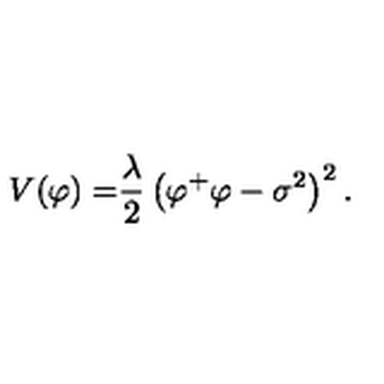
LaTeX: V { ( \varphi ) = } \frac { \lambda } { 2 } \left( \varphi ^ { + } \varphi - \sigma ^ { 2 } \right) ^ { 2 } .